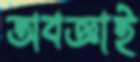
অবজ্ঞাই